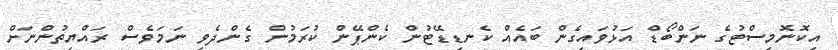
އިކޮނޮމިސްޓުގެ ނަންބޯޑް އަޅުވައިގެން ބައެއް ކެނޑިޑޭޓުން ކެންޕޭން ކުރަމުން ގެންދެވި ނަމަވެސް ރައްޔިތުންނަށް